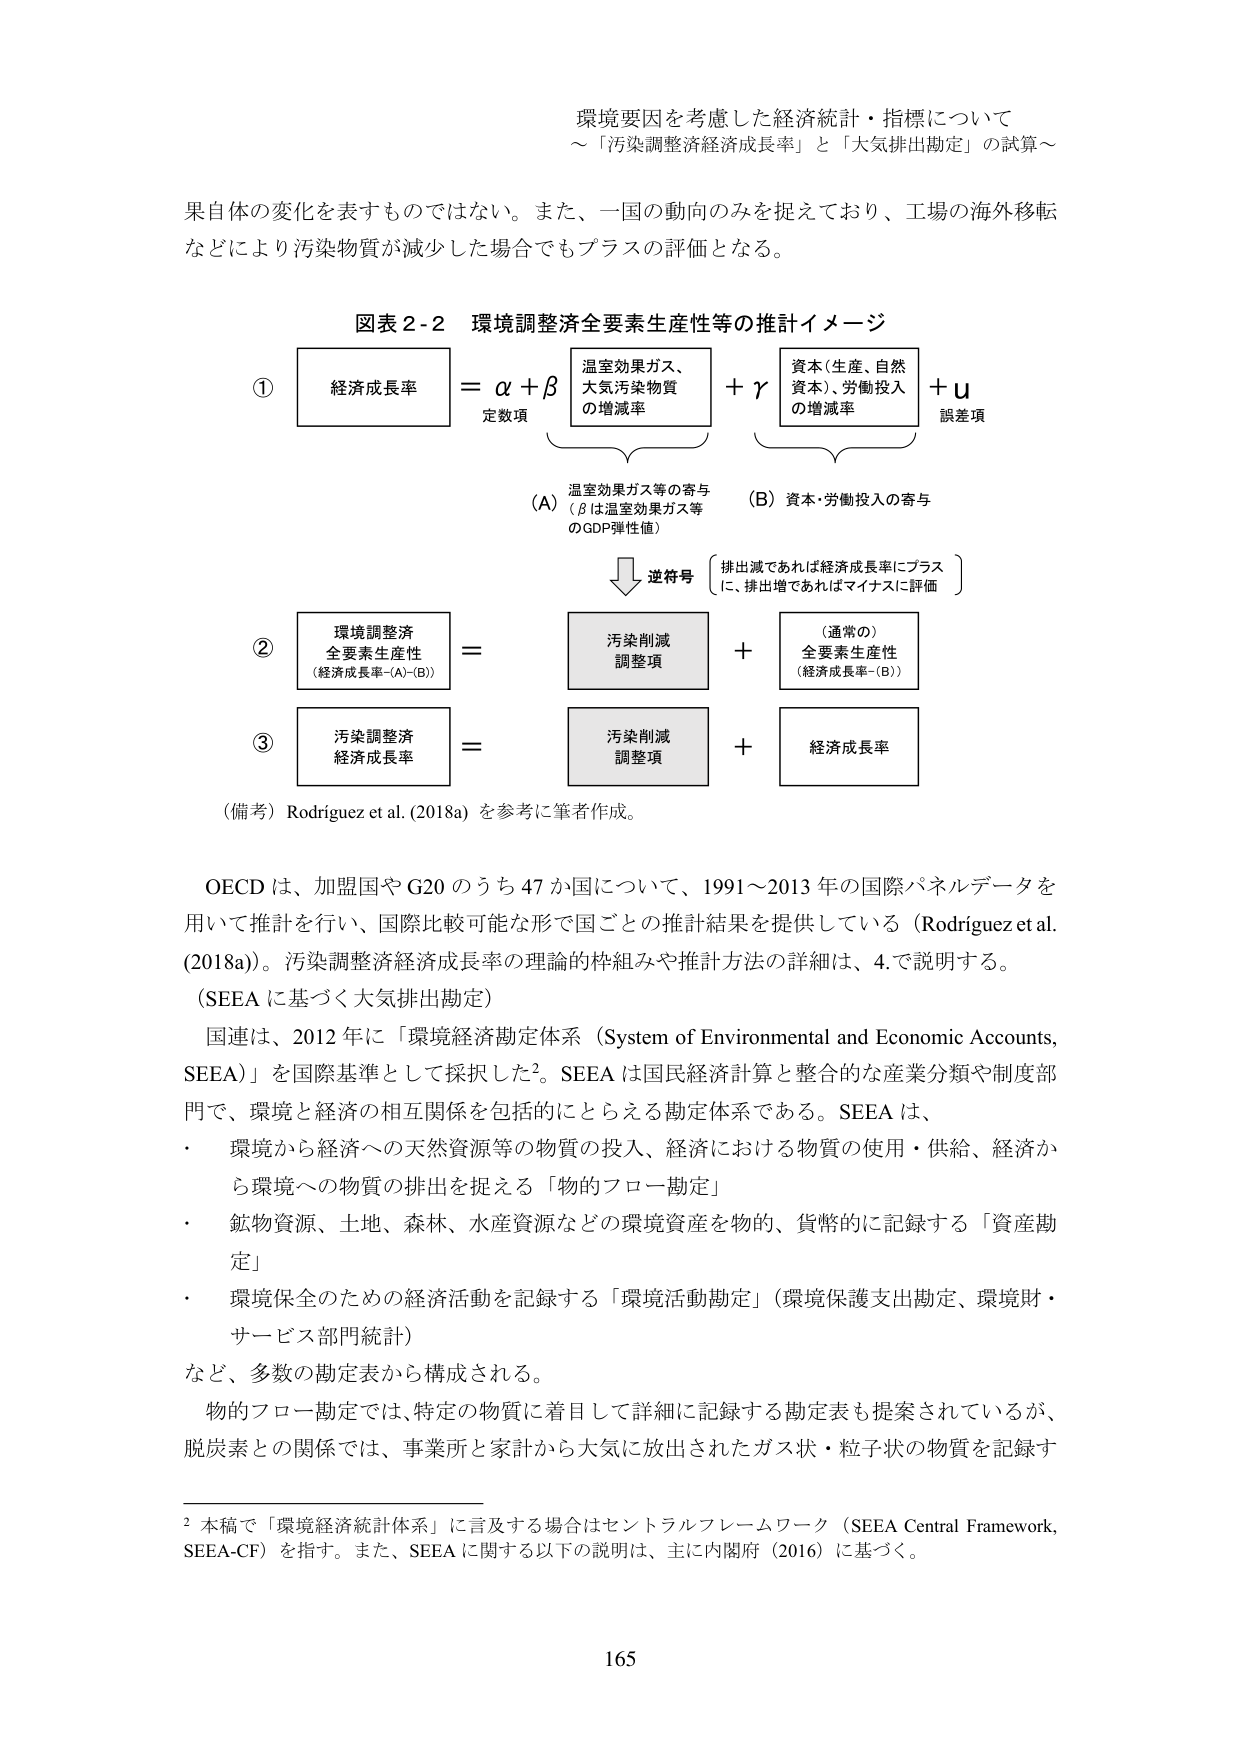
環境要因を考慮した経済統計・指標について
～「汚染調整経済成長率」と「大気排出勘定」の試算～

果自体の変化を表すものではない。また、一国の動向のみを捉えており、工場の海外移転
などにより汚染物質が減少した場合でもプラスの評価となる。

図表２-２ 環境調整済全要素生産性等の推計イメージ

① 経済成長率 ＝ α＋β＋γ＋u
　　　　　　　　定数項　　　　　　　　　　　　　誤差項
　　　　　　　　温室効果ガス、
　　　　　　　　大気汚染物質
　　　　　　　　の増減率　　　　　　　　　資本（生産、自然
　　　　　　　　　　　　　　　　　　　　　資本）、労働投入
　　　　　　　　　　　　　　　　　　　　　の増減率

　　　　　　　　（A）温室効果ガス等の寄与
　　　　　　　　　（βは温室効果ガス等
　　　　　　　　　のGDP弾性値）
　　　　　　　　　　↓逆符号
　　　　　　　　　　（排出減であれば経済成長率にプラス
　　　　　　　　　　に、排出増であればマイナスに評価）
　　　　　　　　（B）資本・労働投入の寄与

② 環境調整済
　全要素生産性
　（経済成長率－(A)－(B)）
　＝ 汚染削減
　　　調整項
　　　＋ （通常の）
　　　　　全要素生産性
　　　　　（経済成長率－(B)）

③ 汚染調整済
　経済成長率
　＝ 汚染削減
　　　調整項
　　　＋ 経済成長率

（備考）Rodriguez et al. (2018a) を参考に筆者作成。

OECD は、加盟国や G20 のうち 47 か国について、1991～2013 年の国際パネルデータを
用いて推計を行い、国際比較可能な形で国ごとの推計結果を提供している（Rodriguez et al.
(2018a)）。汚染調整済経済成長率の理論的枠組みや推計方法の詳細は、4.で説明する。
（SEEA に基づく大気排出勘定）

国連は、2012 年に「環境経済勘定体系（System of Environmental and Economic Accounts,
SEEA）」を国際基準として採択した²。SEEA は国民経済計算と整合的な産業分類や制度部
門で、環境と経済の相互関係を包括的にとらえる勘定体系である。SEEA は、
・ 環境から経済への天然資源等の物質の投入、経済における物質の使用・供給、経済か
　ら環境への物質の排出を捉える「物的フロー勘定」
・ 鉱物資源、土地、森林、水産資源などの環境資産を物的、貨幣的に記録する「資産勘
　定」
・ 環境保全のための経済活動を記録する「環境活動勘定」（環境保護支出勘定、環境財・
　サービス部門統計）
など、多数の勘定表から構成される。

物的フロー勘定では、特定の物質に着目して詳細に記録する勘定表も提案されているが、
脱炭素との関係では、事業所と家計から大気に放出されたガス状・粒子状の物質を記録す

² 本稿で「環境経済統計体系」に言及する場合はセントラルフレームワーク（SEEA Central Framework,
SEEA-CF）を指す。また、SEEA に関する以下の説明は、主に内閣府（2016）に基づく。

165